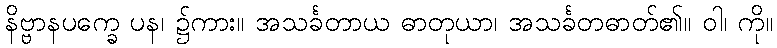
နိဗ္ဗာနပက္ခေ ပန၊ ၌ကား။ အသင်္ခတာယ ဓာတုယာ၊ အသင်္ခတဓာတ်၏။ ဝါ၊ ကို။